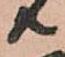
共